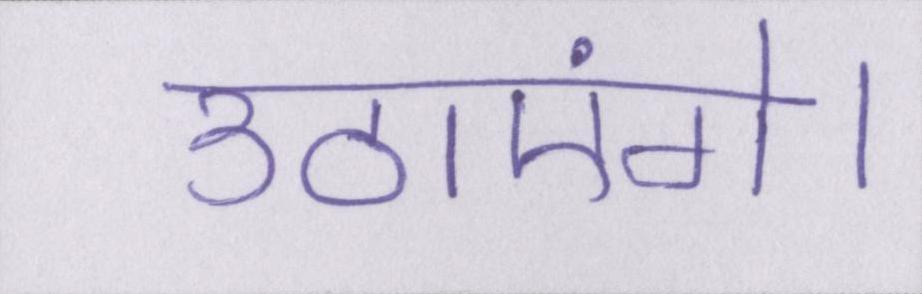
उठाएंगे।